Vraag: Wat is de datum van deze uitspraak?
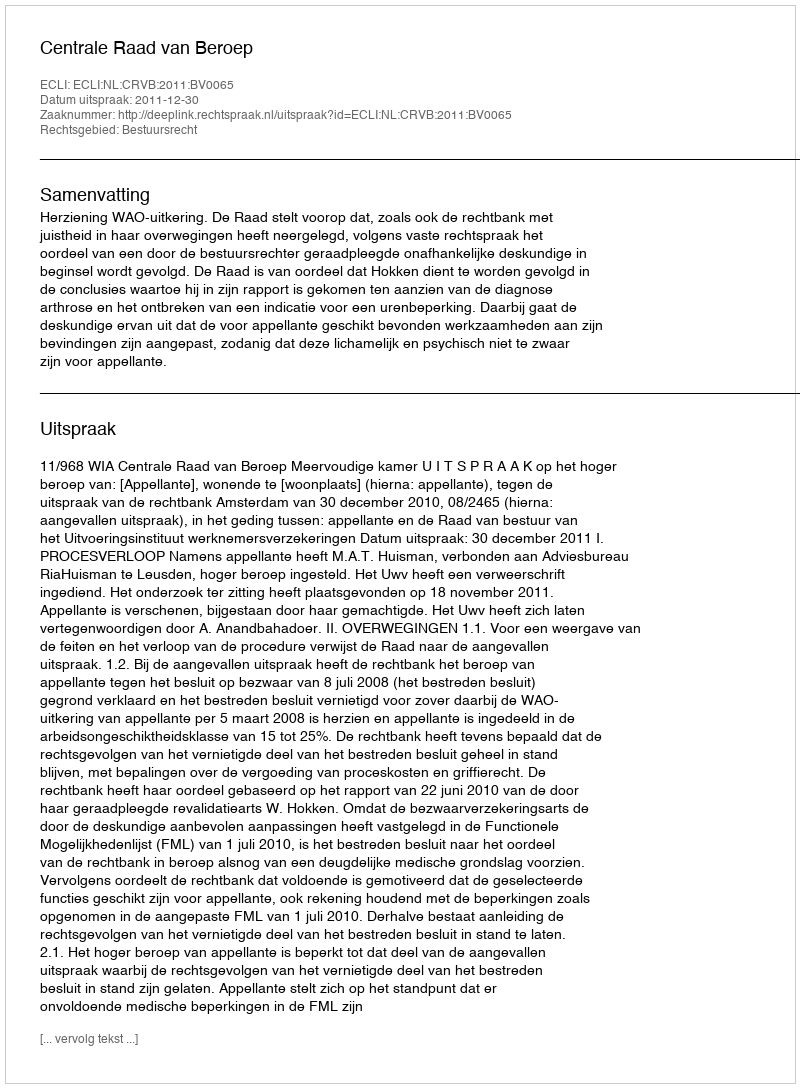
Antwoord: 2011-12-30